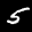
Label: 5